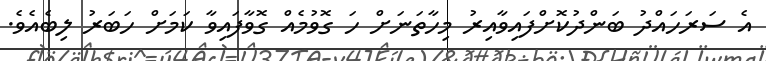
އެ ސަރަހައްދު ބަންދުކޮށްފައިވާއިރު މިހާތަނަށް ހަ ގޮވުމެއް ގޮވާފައިވާ ކަމަށް ހަބަރު ލިބެއެވެ.